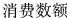
消费数额